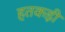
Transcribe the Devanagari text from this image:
हतकड़ी